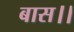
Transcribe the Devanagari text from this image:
बास।।